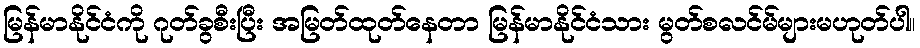
မြန်မာနိုင်ငံကို ဂုတ်ခွစီးပြီး အမြတ်ထုတ်နေတာ မြန်မာနိုင်ငံသား မွတ်စလင်မ်များမဟုတ်ပါ။